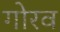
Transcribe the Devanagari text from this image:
गोरव